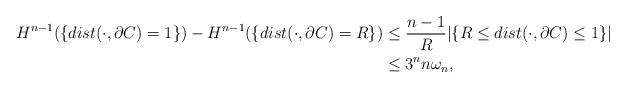
LaTeX: \begin{align*}H^{n-1}(\{dist(\cdot, \partial C)=1\})-H^{n-1}(\{dist(\cdot, \partial C)=R\})&\le \frac{n-1}{R}|\{R\le dist(\cdot, \partial C)\le 1\}|\\&\le 3^nn\omega_n,\end{align*}